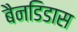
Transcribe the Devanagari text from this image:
बैनडिडास